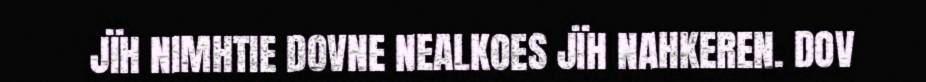
JÏH NIMHTIE DOVNE NEALKOES JÏH NAHKEREN. DOV